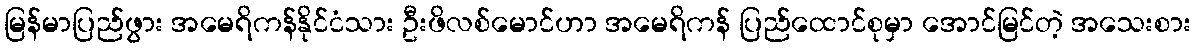
မြန်မာပြည်ဖွား အမေရိကန်နိုင်ငံသား ဦးဖိလစ်မောင်ဟာ အမေရိကန် ပြည်ထောင်စုမှာ အောင်မြင်တဲ့ အသေးစား